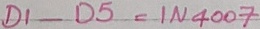
Text: D1-D5=IN4007